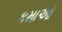
કમાઓ